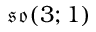
{ \mathfrak { s o } } ( 3 ; 1 )